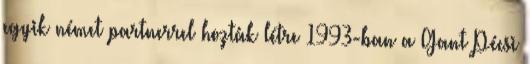
egyik német partnerrel hozták létre 1993-ban a Gant Pécsi